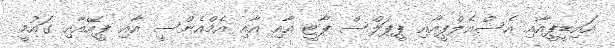
އައިޑީޕީއާއި އެސްއެލްޕީއާއި ޕީޕަލްސް ޕާޓީ އާއި އާއި އެމްއެންސީ އާއި ޕީއޭއާއި ގައުމީ